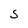
Character: S